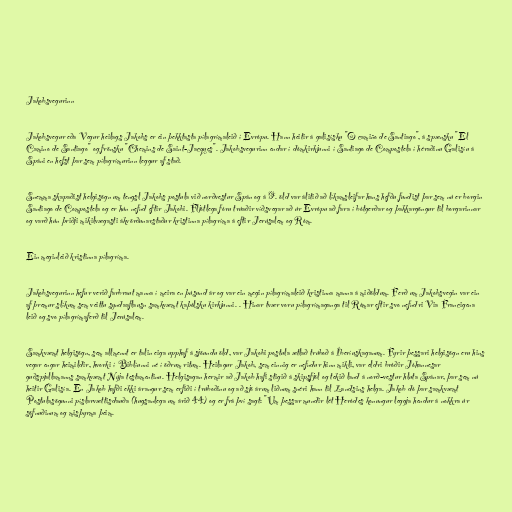
Jakobsvegurinn

Jakobsvegur eða Vegur heilags Jakobs er ein þekktasta pílagrímaleið í Evrópu. Hann heitir á galisísku "O camiño de Santiago", á spænsku "El
Camino de Santiago" og frönsku "Chemins de Saint-Jacques". Jakobsvegurinn endar í dómkirkjunni í Santiago de Compostela í héraðinu Galisíu á
Spáni en hefst þar sem pílagrímurinn leggur af stað.

Snemma skapaðist helgisögn um tengsl Jakobs postula við norðvestur Spán og á 9. öld var álitið að líkamsleifar hans hefðu fundist þar sem nú er borgin
Santiago de Compostela og er hún nefnd eftir Jakobi. Fljótlega fóru trúaðir víðsvegar að úr Evrópu að fara í bótgerðar og þakkargöngur til borgarinnar
og varð hún þriðji mikilvægasti ákvörðunarstaður kristinna pílagríma á eftir Jerúsalem og Róm.

Ein meginleið kristinna pílagríma.

Jakobsvegurinn hefur verið farbraut manna í meira en þúsund ár og var ein megin pílagrímaleið kristinna manna á miðöldum. Ferð um Jakobsvegin var ein
af þremur slíkum sem veittu syndaaflausn samkvæmt kaþólsku kirkjunni. . Hinar tvær voru pílagrímaganga til Rómar eftir svo nefndri Via Francigena
leið og svo pílagrímaferð til Jerúsalem.

Samkvæmt helgisögn, sem allmennt er talin eiga upphaf á sjöundu öld, var Jakobi postula ætlað trúboð á Íberíuskaganum. Fyrir þessari helgisögn eru hins
vegar engar heimildir, hvorki í Biblíunni né í öðrum ritum. Heilagur Jakob, sem einnig er nefndur hinn mikli, var eldri bróðir Jóhannesar
guðspjallamanns samkvæmt Nýja testamentinu. Helgisagan hermir að Jakob hafi stigið á skipsfjöl og tekið land á norð-vestur hluta Spánar, þar sem nú
heitir Galisía. En Jakob hafði ekki árangur sem erfiði í trúboðinu og að sjö árum liðnum snéri hann til Landsins helga. Jakob dó þar samkvæmt
Postulasögunni píslarvættisdauða (hugsanlega um árið 44) og er frá því sagt: "Um þessar mundir lét Heródes konungur leggja hendur á nokkra úr
söfnuðinum og misþyrma þeim.